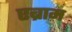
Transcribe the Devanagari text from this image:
एब्राम